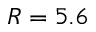
R = 5 . 6